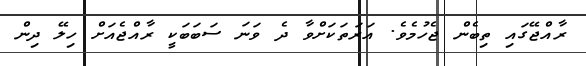
ރާއްޖޭގައި ތިބެން ޖެހުމެވެ. އަރަތަކަށްވާ ދެ ވަނަ ސަބަބަކީ ރާއްޖެއަށް ހިލޭ ދިން